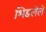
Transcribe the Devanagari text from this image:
भिडलेले